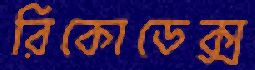
রিকোডেক্স